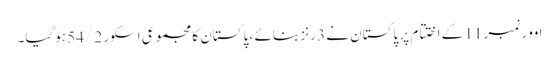
اوور نمبر 11 کے اختتام پر پاکستان نے 3 رنز بنائے ، پاکستان کا مجموعی اسکور 54/2 ہوگیا۔